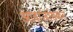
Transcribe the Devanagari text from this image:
आवाजांसकट